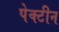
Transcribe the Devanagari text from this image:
पेक्टीन